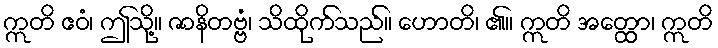
ဣတိ ဧဝံ၊ ဤသို့။ ဇာနိတဗ္ဗံ၊ သိထိုက်သည်။ ဟောတိ၊ ၏။ ဣတိ အတ္ထော၊ ဣတိ